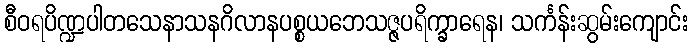
စီဝရပိဏ္ဍပါတသေနာသနဂိလာနပစ္စယဘေသဇ္ဇပရိက္ခာရေန၊ သင်္ကန်းဆွမ်းကျောင်း